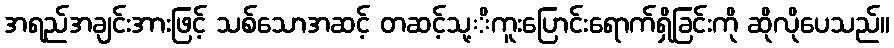
အရည်အချင်းအားဖြင့် သစ်သောအဆင့် တဆင့်သု့ိကူးပြောင်းရောက်ရှိခြင်းကို ဆိုလိုပေသည်။